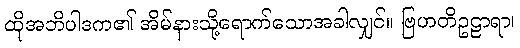
ထိုအဘိပါဒက၏ အိမ်နားသို့ရောက်သောအခါလျှင်။ ဗြဟတိဥဠာရာ၊